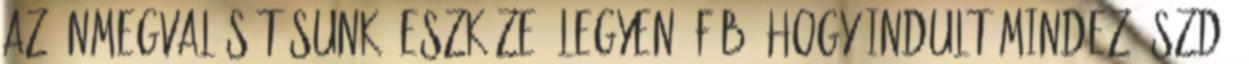
az önmegvalósításunk „eszköze” legyen. F.B: Hogy indult mindez? SZD: